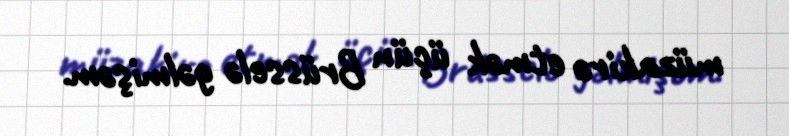
müzakirə etmək üçün Brüsselə gəlmişəm.